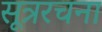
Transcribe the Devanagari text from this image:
सूत्ररचना